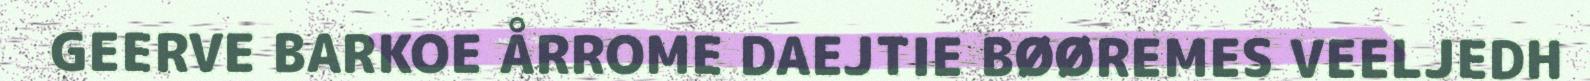
GEERVE BARKOE ÅRROME DAEJTIE BØØREMES VEELJEDH